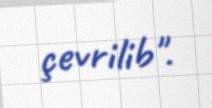
çevrilib".